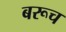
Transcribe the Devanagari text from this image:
बरूच